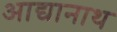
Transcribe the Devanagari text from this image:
आद्यानाथ